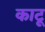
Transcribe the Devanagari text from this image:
काटू